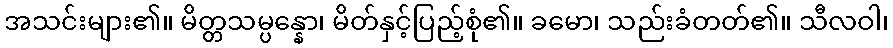
အသင်းများ၏။ မိတ္တသမ္ပန္နော၊ မိတ်နှင့်ပြည့်စုံ၏။ ခမော၊ သည်းခံတတ်၏။ သီလဝါ၊